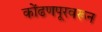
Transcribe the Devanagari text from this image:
कोंढणपूरवरून